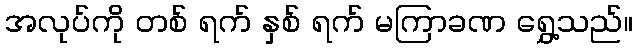
အလုပ်ကို တစ် ရက် နှစ် ရက် မကြာခဏ ရွှေ့သည်။